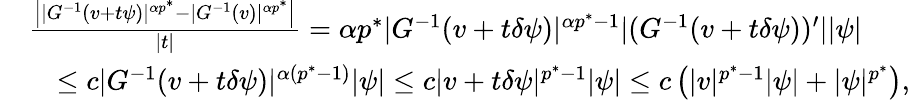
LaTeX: \begin{array}{rl}&{\frac{\left||G^{-1}(v+t\psi)|^{\alpha p^{*}}-|G^{-1}(v)|^{\alpha p^{*}}\right|}{|t|}=\alpha p^{*}|G^{-1}(v+t\delta\psi)|^{\alpha p^{*}-1}|(G^{-1}(v+t\delta\psi))^{\prime}||\psi|}\\ &{\quad\le c|G^{-1}(v+t\delta\psi)|^{\alpha(p^{*}-1)}|\psi|\le c|v+t\delta\psi|^{p^{*}-1}|\psi|\le c\left(|v|^{p^{*}-1}|\psi|+|\psi|^{p^{*}}\right),}\end{array}